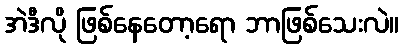
အဲဒီလို ဖြစ်နေတော့ရော ဘာဖြစ်သေးလဲ။